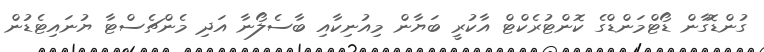
ގުންޑޮގާން ޑޯޓްމަންޑްގެ ކޮންޓުރެކްޓް އާކުރީ ބަޔާން މިއުނިކާއި ބާސެލޯނާ އަދި މެންޗެސްޓާ ޔުނައިޓެޑުން